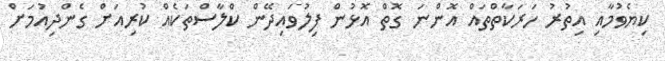
ކިޔެވުމާއި އިތުރު ހަރަކާތްތައް އޮންނަ ގޮތް އޮޅުން ފިލުވައިދޭން ކްލާސްތަކެއް ކުރިއަށް ގެންދިއުމަށް